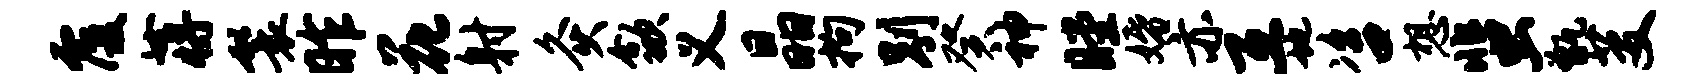
覆蒋鬟昨花射灸歙义晶拘别癸神瞠婚亦互地咨想蜚甑芟